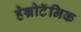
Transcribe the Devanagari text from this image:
हेन्नोटॅनिक